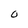
Character: O